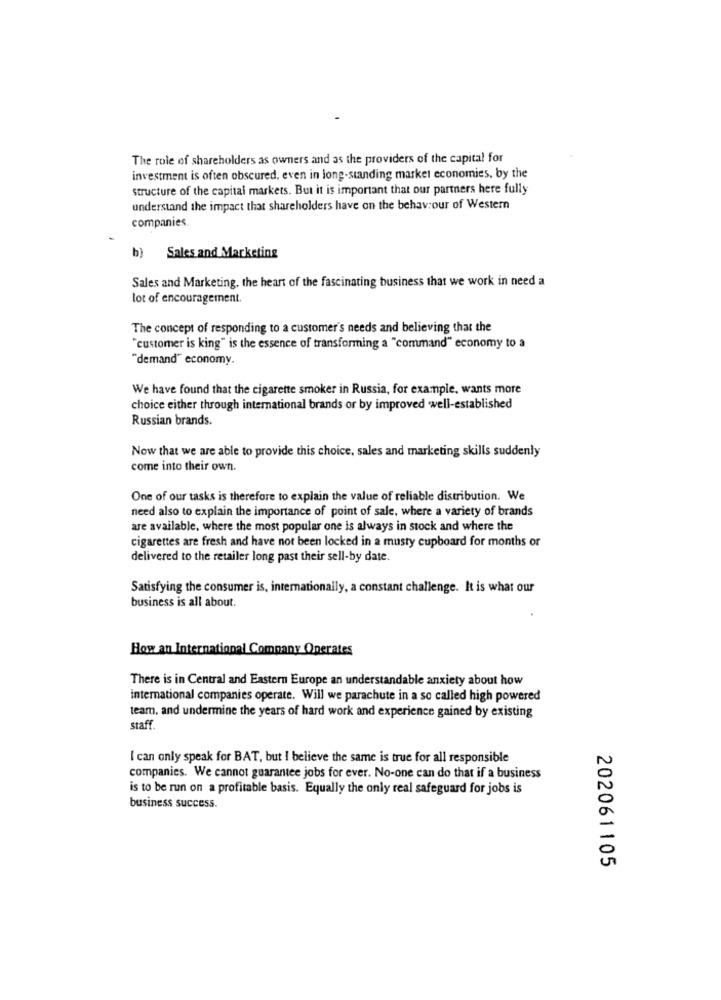
The role of shareholders as owners and as the providers of the capital for
investment is often obscured. even in long-standing market economies, by the
structure of the capital markets. But it is important that our partners here fully
understand the impact that shareholders have on the behaviour of Western
companies
b) Sales and Marketing
Sales and Marketing, the heart of the fascinating business that we work in need a
lot of encouragement.
The concept of responding to a customer's needs and believing that the
"customer is king" is the essence of transforming a "command" economy to a
"demand" economy.
We have found that the cigarette smoker in Russia, for example, wants more
choice either through international brands or by improved well-established
Russian brands.
Now that we are able to provide this choice, sales and marketing skills suddenly
come into their own.
One of our tasks is therefore to explain the value of reliable distribution. We
need also to explain the importance of point of sale, where a variety of brands
are available, where the most popular one is always in stock and where the
cigarettes are fresh and have not been locked in a musty cupboard for months or
delivered to the retailer long past their sell-by date.
Satisfying the consumer is, internationally, a constant challenge. It is what our
business is all about.
How an International Company Operates
There is in Central and Eastern Europe an understandable anxiety about how
international companies operate. Will we parachute in a so called high powered
team, and undermine the years of hard work and experience gained by existing
staff.
I can only speak for BAT, but I believe the same is true for all responsible
companies. We cannot guarantee jobs for ever. No-one can do that if a business
is to be run on a profitable basis. Equally the only real safeguard for jobs is
business success.
202061105